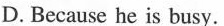
D. Because he is busy.